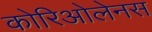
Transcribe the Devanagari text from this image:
कोरिओलेनस